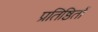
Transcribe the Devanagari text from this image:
प्रतिष्ठितों